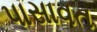
પાસાવત